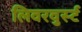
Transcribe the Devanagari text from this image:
लिवरवुर्स्ट